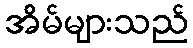
အိမ်များသည်